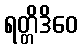
ရတ္တိဒိဝေ